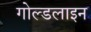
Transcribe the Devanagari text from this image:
गोल्डलाइन